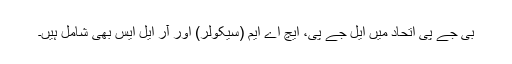
بی جے پی اتحاد میں ایل جے پی، ایچ اے ایم (سیکولر) اور آر ایل ایس بھی شامل ہیں۔